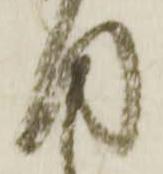
目